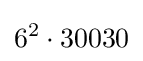
6^{2}\cdot 30030